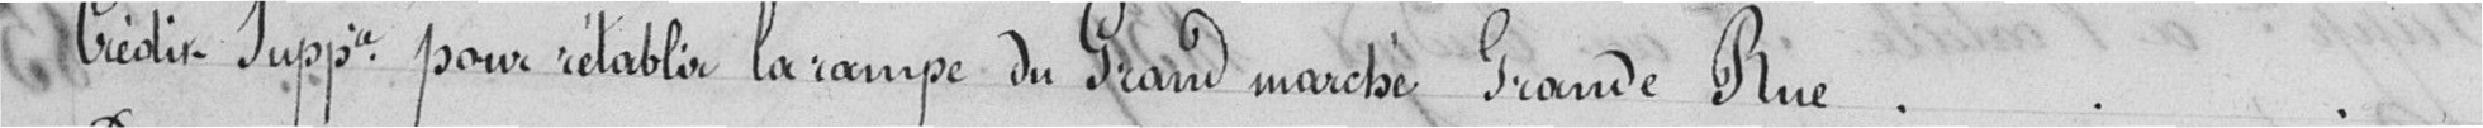
Crédit supplémentaire pour rétablir la rampe du grand marché Grande Rue.